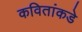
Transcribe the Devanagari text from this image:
कवितांकडे